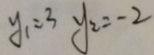
y _ { 1 } = 3 y _ { 2 } = - 2